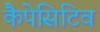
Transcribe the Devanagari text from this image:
कैपेसिटिव